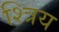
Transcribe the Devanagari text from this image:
श्त्रिय